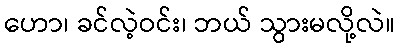
ဟော၊ ခင်လဲ့ဝင်း၊ ဘယ် သွားမလို့လဲ။